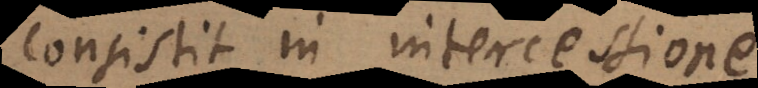
consistit in intercessione.